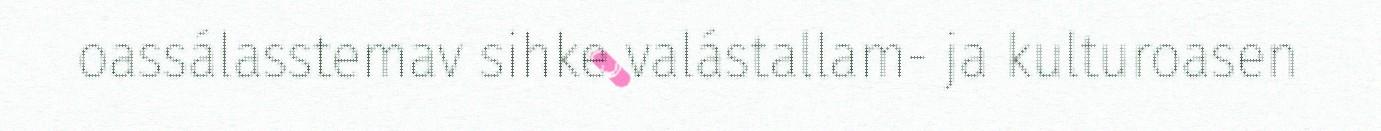
oassálasstemav sihke valástallam- ja kulturoasen